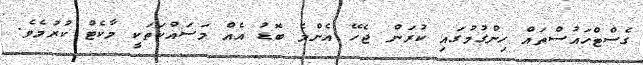
ގެސްޓްހައުސްތައް ހިންގުމުގައި ކުރަން ޖެހޭ އެންމެ ބޮޑު އެއް މަސައްކަތަކީ މާކެޓް ކުރުމެވެ.